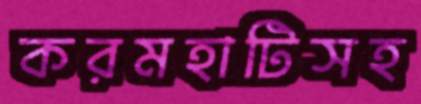
করমহাটিসহ